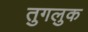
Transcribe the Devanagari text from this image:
तुगलुक